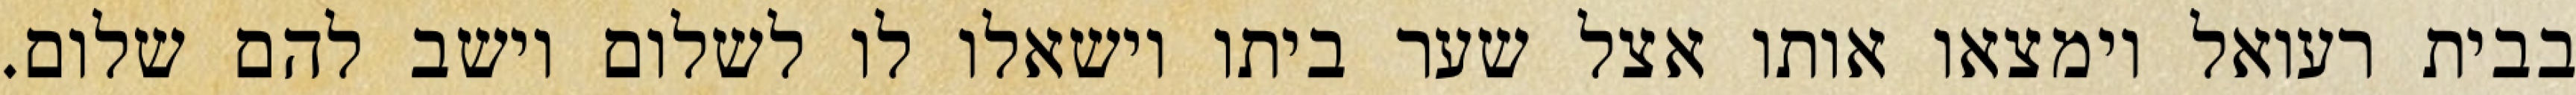
בבית רעואל וימצאו אותו אצל שער ביתו וישאלו לו לשלום וישב להם שלום.